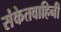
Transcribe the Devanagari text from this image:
संकेतवाहिनी